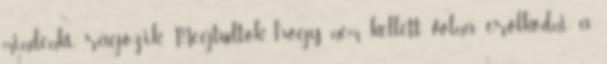
mindenki rágózik. Megtudtok, hogy nem kellett volna erőlködni a